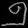
Digit: ၅